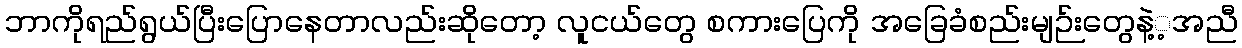
ဘာကိုရည်ရွယ်ပြီးပြောနေတာလည်းဆိုတော့ လူငယ်တွေ စကားပြေကို အခြေခံစည်းမျဉ်းတွေနဲ့့အညီ